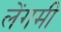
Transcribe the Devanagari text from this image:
लेंगमी